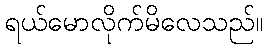
ရယ်မောလိုက်မိလေသည်။